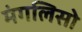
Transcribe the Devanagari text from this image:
मंगलिसो